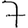
Digit: 7